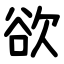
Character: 欲